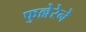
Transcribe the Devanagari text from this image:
फुल्लेरेने